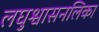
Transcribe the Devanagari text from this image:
लघुश्वासनलिका